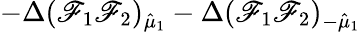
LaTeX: -\Delta(\mathscr{F}_{1}\mathscr{F}_{2})_{\hat{{\mu}}_{1}}-\Delta(\mathscr{F}_{1}\mathscr{F}_{2})_{-\hat{{\mu}}_{1}}